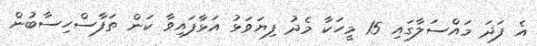
އެ ފަދަ މައްސަލާގައި 15 މީހަކާ މެދު ފިޔަވަޅު އަޅާފައިވާ ކަން ތަފާސްހިސާބުން